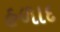
હળાદ